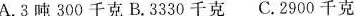
A.3吨300千克B.3330千克C.2900千克